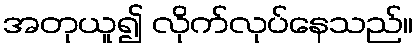
အတုယူ၍ လိုက်လုပ်နေသည်။